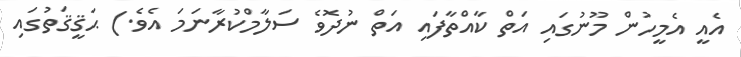
އެއީ އެމީހުން މޫނުގައި އަތް ކާއްތާފައި އަތް ނުދޮވެ ސަލާމްކުރާނަމަ އެވެ.) ޙަޤީޤަތުގައި